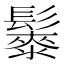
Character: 𱆇